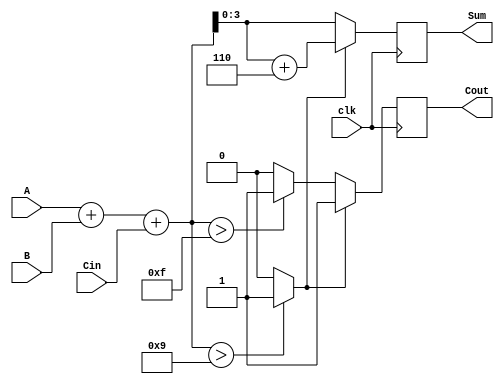
module BCD_Synchronous_Adder (
    input  wire [3:0] A,       // 4-bit BCD input A
    input  wire [3:0] B,       // 4-bit BCD input B
    input  wire Cin,           // Carry input
    input  wire clk,           // Clock input
    output reg [3:0] Sum,      // 4-bit BCD output Sum
    output reg Cout            // Carry output
);

// Internal signals
reg [4:0] bin_sum;           // 5-bit for binary sum
reg adjust;                  // Adjustment signal

always @(posedge clk) begin
    // Step 1: Binary Addition
    bin_sum = A + B + Cin;    // Add A, B and Cin

    // Step 2: Check for BCD Adjustments
    if (bin_sum > 5'd9) begin
        adjust = 1'b1;         // Adjustment needed
    end else begin
        adjust = 1'b0;         // No adjustment needed
    end

    // Step 3: Calculate final BCD Sum and Carry Out
    if (adjust) begin
        Sum <= bin_sum + 5'd6; // Adjust by adding 6
        Cout <= 1'b1;           // Set carry out
    end else begin
        Sum <= bin_sum[3:0];   // No adjustment, use lower 4 bits
        Cout <= (bin_sum > 5'd15) ? 1'b1 : 1'b0; // Check if carry out occurred
    end
end

endmodule